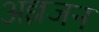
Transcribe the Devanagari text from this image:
अज्ञजन